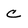
Character: C